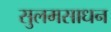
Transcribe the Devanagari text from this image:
सुलमसाधन